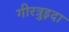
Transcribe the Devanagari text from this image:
गीरत्रुइदा